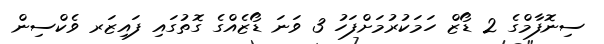
ސިނޮފާމްގެ 2 ޑޯޒް ހަމަކުރުމަށްފަހު 3 ވަނަ ޑޯޒެއްގެ ގޮތުގައި ފައިޒަރ ވެކްސިން